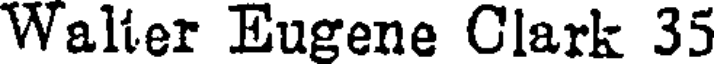
Walter Eugene Clark 35